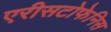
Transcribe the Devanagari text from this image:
एरीसटोफेनिस